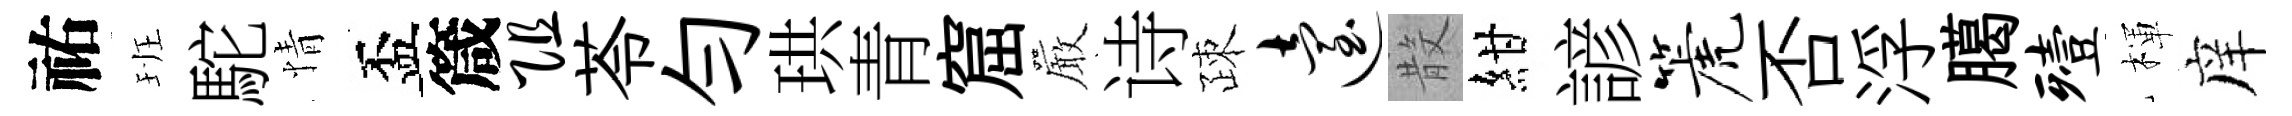
祐班駝情盃箴阻苓勻珙青窟巖诗疎迨𣪚紺諺篪否浮臈殪楎庠